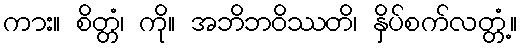
ကား။ စိတ္တံ၊ ကို။ အဘိဘဝိဿတိ၊ နှိပ်စက်လတ္တံ့။